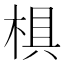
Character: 椇